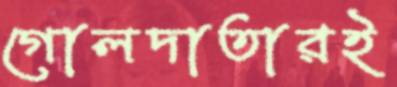
গোলদাতারই